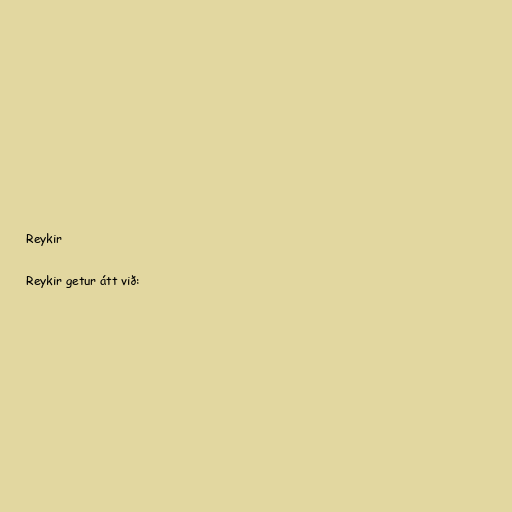
Reykir

Reykir getur átt við: